Report of the Hyderabad Chloroform Commission
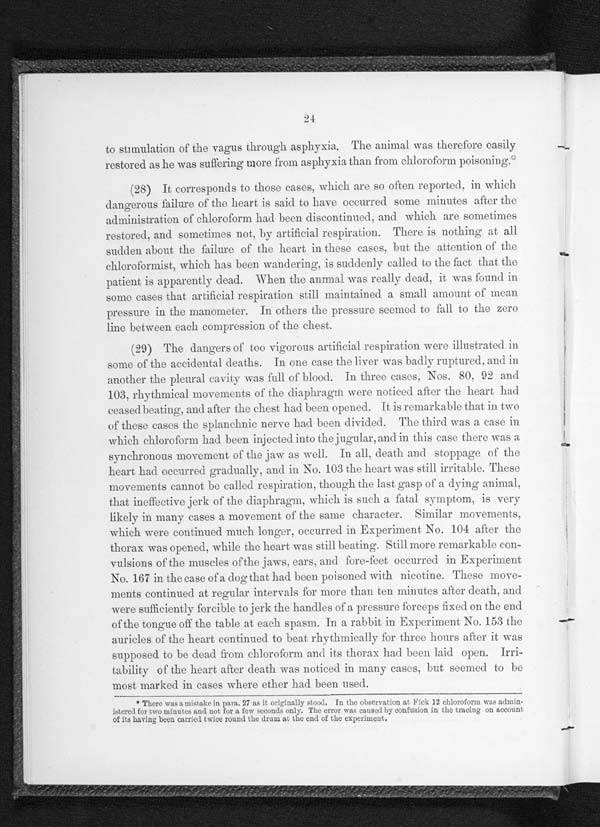
24
to stimulation of the vagus through asphyxia. The animal was therefore easily
restored as lie was suffering more from asphyxia than from chloroform poisoning.*
(28) It corresponds to those cases, which are so often reported, in which
dangerous failure of the heart is said to have occurred some minutes after the
administration of chloroform had been discontinued, and which are sometimes
restored, and sometimes not, by artificial. respiration. There is nothing at all
sudden about, the failure of the heart in these cases, but the attention of the
chloroformist, which has been wandering. is suddenly called to the fact that the
patient is apparently dead. When the animal was really dead, it was found in
some cases that artificial respiration still maintained a small. amount Qf mean
pressure in the manometer. In others the pressure seemed to fall to the zero
line between each compression of the chest.
(29) The dangers of too vigorous artificial respiration were illustrated in
some of the accidental deaths. In one ease the liver was badly ruptured. and in
another the pleural cavity was lull of blood. In three cases. Nos. 80. 92 and.
103, rhythmical movements of the diaphragm were noticed after the heart had
ceased beating, and after the chest had been opened. It is remarkable that in two
of these cases the splanchnic nerve had been divided. The third was a case in
which chloroform had been injected into the jugular, and in this case there was a
synchronous movement of the jaw as well. In all, death and stoppage of the
heart had occurred gradually, and in No. 103 the heart was still irritable. These
movements cannot be called respiration. though the last gasp of' a dying animal,
that ineffective jerk of the diaphragm, which is such a fatal symptom, is very
likely in many cases a movement of the same character. Similar movements,
which were continued much longer, occurred in. Experiment No. 104 after the
thorax was opened, while the heart was still beating. Still more remarkable con
vulsions of the muscles of the jaws. ears. and fore-feet occurred in Experiment
No. 167 in the case of a dog that had been poisoned with nicotine. These move
ments continued at regular intervals for more than ten minutes alter death, and
were sufficiently forcible to jerk the handles of a pressure forceps fixed on the end
of the tongue off the table at each spasm. in a rabbit in Experiment. No. 153 the
auricles of the heart continued to beat rhythmically for three hours after it was
supposed to be dead from chloroform and its thorax had been laid open. Irri
tability of the heart after death was noticed in many cases, but seemed to be
most marked in cases where ether had been used.
* There was a mistake in para. 27 as it originally stood. In the observation at Fick 12 chloroform was admin
istered for two minutes and not fur a few seconds only. The error was caused by confusion in the tracing on account
of its having been carried twice round the drum at the end of the experiment.